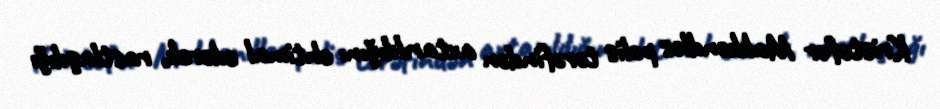
Kristofer Makkendles polis tərəfindən axtarıldığını ehtimal edərək, rastlaşdığı